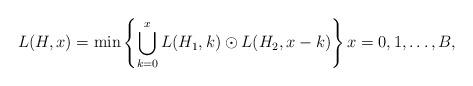
LaTeX: \begin{align*}L(H,x) = \min \left\{\bigcup_{k=0}^x L(H_1,k) \odot L(H_2,x-k)\right\} x = 0,1,\ldots,B,\end{align*}